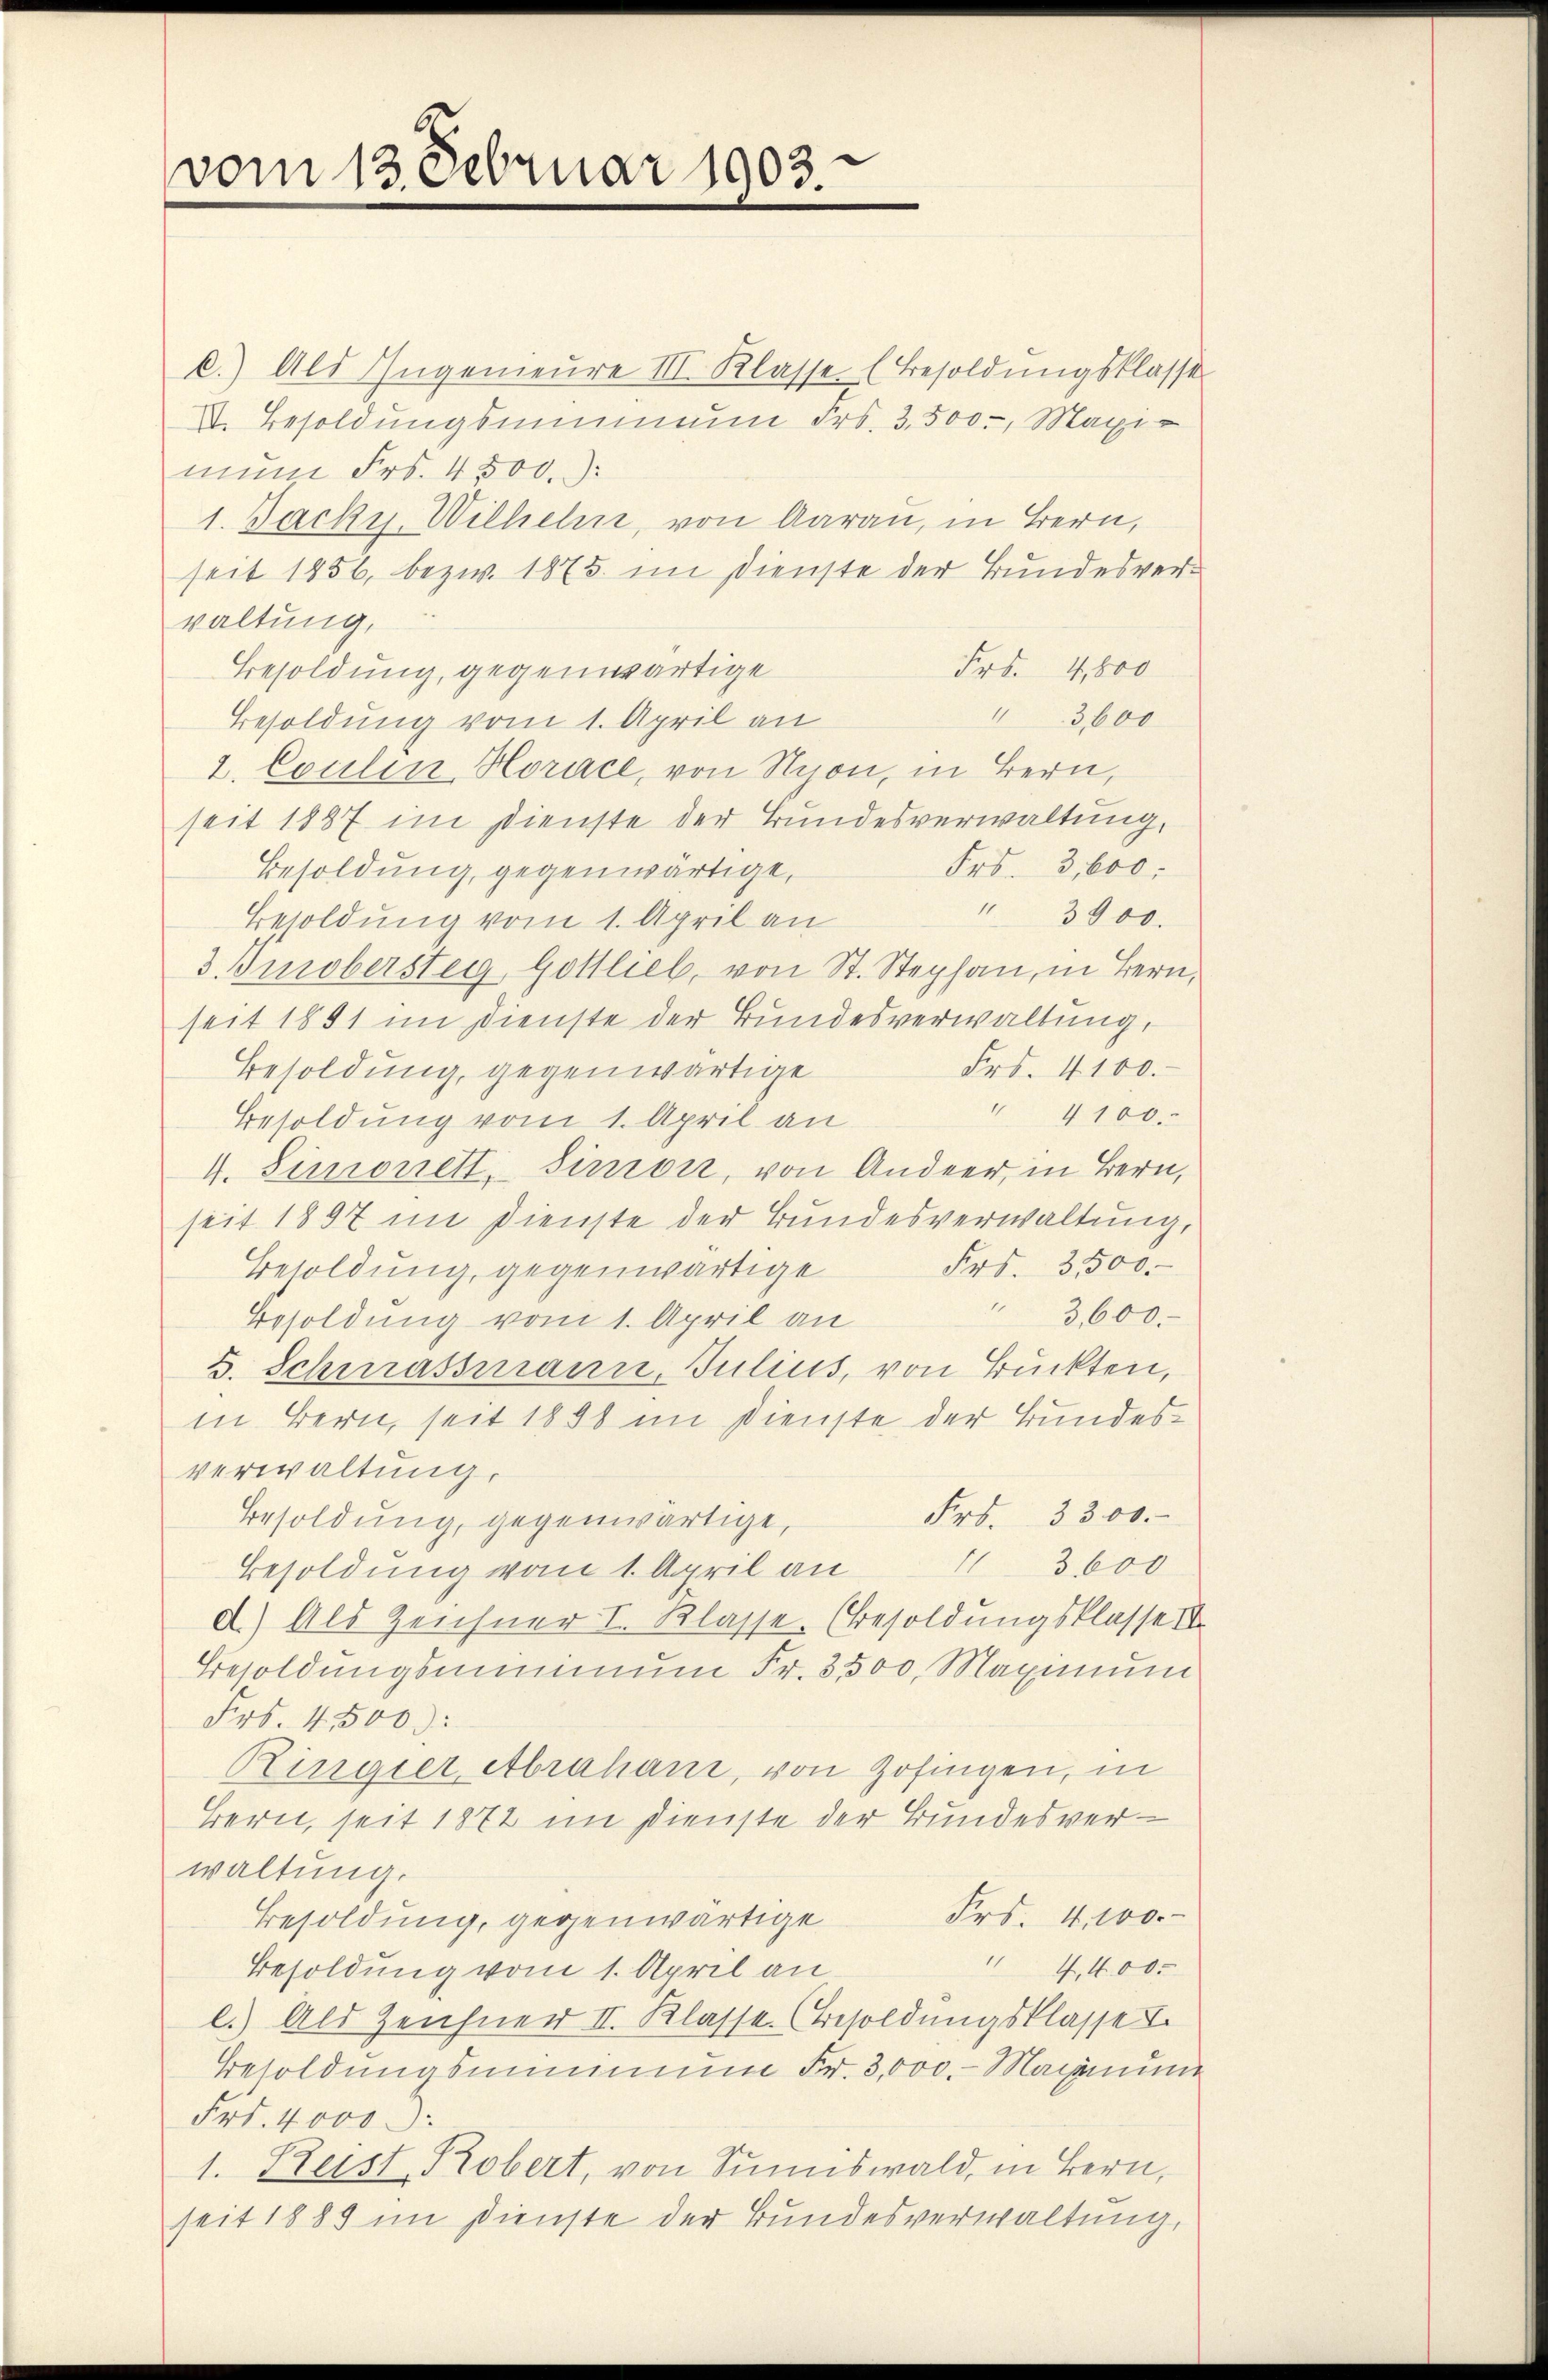
vom 13. Februar 1903.

c.) Als Ingenieure III. Klasse (Besoldungsklasse
I. Besoldungsminiun Frs. 3500. Maxi-
mun Frs. 4500.
1. Jacky. Wilhelm, von Aarau, in Bern,
seit 1856, bezw. 1875. im Dienste der Bundesverwaltung,
Frd. 4,600
Besoldung, gegenwärtige
4.
3600
Besoldung vom 1. April an
2. Coulin, Horace, von Nyon, in Bern,
seit 1887 im Dienste der Bundesverwaltung,
Frs. 3,600:
Besoldung, gegenwärtige,
" 3900.
Besoldung vom 1. April an
3. Jurobersteg, Gottlieb, von St. Stephan, in Bern,
seit 1851 im Dienste der Bundesverwaltung,
Frs. 4100.
Besoldung, gegenwärtige
" 4100.
Besoldung vom 1. April an
4. Simonett, Simon, von Ander, in Bern,
seit 1897 im Dienste der Bundesverwaltung,
Frs. 3500.
Besoldung, gegenwärtige
" 3,600.
Besoldung vom 1. April an
S. Schwassmann, Julius, von Brückten,
in Bern, seit 1890 im Dienste der Bundesverwaltung,
Frs. 3300.
Besoldung, gegenwärtige,
13600
Besoldung vom 1. April an
d.) Als Zeichner I. Klasse. (Besoldungsklasse i
Besoldŭngsminimum Fr. 3500. Maximum
Frs. 4500:
Ringier, Abrahant, von Zofingen, in
Bern, seit 1872 im Dienste der Bundesverwaltung.
Frs. 4100.
Besoldung, gegenwärtige
 4, 400.
Besoldung vom 1. April an
l.) Als Zeichner II. Klasse. (Besoldungsklasse
Besoldungsmimmung Fr. 3,000. Mairinum
Frk. 4000.
1. Keist Robert, von Sumiswald, in Bern,
seit 1889 im Dienste der Bundesverwaltung,